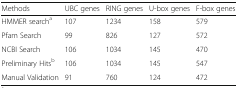
| Methods | UBC genes | RING genes | U-box genes | F-box genes |
 | --- | --- | --- | --- | --- |
 | HMMER searcha | 107 | 1234 | 158 | 579 |
 | Pfam Search | 99 | 826 | 127 | 572 |
 | NCBI Search | 106 | 1034 | 145 | 470 |
 | Preliminary Hitsb | 106 | 1034 | 145 | 547 |
 | Manual Validation | 91 | 760 | 124 | 472 |